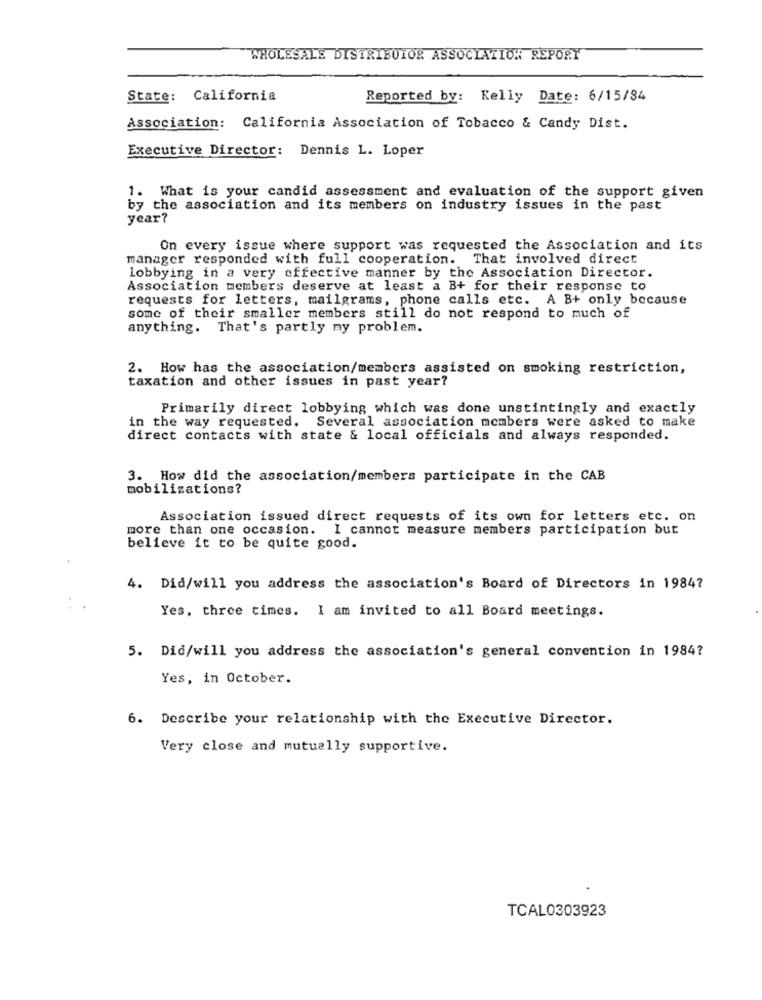
WHOLESALE DISTRIBUTOR ASSOCIATION REPORT
State: California
Reported by: Kelly Date: 6/15/84
Association: California Association of Tobacco & Candy Dist.
Executive Director: Dennis L. Loper
1. What is your candid assessment and evaluation of the support given
by the association and its members on industry issues in the past
year?
On every issue where support was requested the Association and its
manager responded with full cooperation. That involved direct
lobbying in a very effective manner by the Association Director.
Association members deserve at least a B+ for their response to
requests for letters, mailgrams, phone calls etc. A B+ only because
some of their smaller members still do not respond to much of
anything. That's partly my problem.
2. How has the association/members assisted on smoking restriction,
taxation and other issues in past year?
Primarily direct lobbying which was done unstintingly and exactly
in the way requested. Several association members were asked to make
direct contacts with state & local officials and always responded.
3. How did the association/members participate in the CAB
mobilizations?
Association issued direct requests of its own for letters etc. on
more than one occasion. I cannot measure members participation but
believe it to be quite good.
4. Did/will you address the association's Board of Directors in 1984?
Yes, three times. I am invited to all Board meetings.
5. Did/will you address the association's general convention in 1984?
Yes, in October.
6. Describe your relationship with the Executive Director.
Very close and mutually supportive.
TCAL0303923